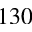
1 3 0